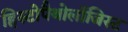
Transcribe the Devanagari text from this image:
हिस्टोपैथोलॉजिस्ट